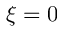
\xi = 0